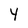
Character: Y